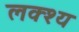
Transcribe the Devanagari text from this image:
लक्श्य